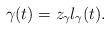
LaTeX: \begin{align*}\gamma (t) = z_\gamma l_\gamma (t) .\end{align*}